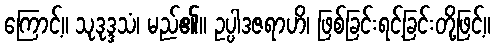
ကြောင့်။ သုဒုဒ္ဒသံ၊ မည်၏။ ဥပ္ပါဒဇရာဟိ၊ ဖြစ်ခြင်းရင့်ခြင်းတို့ဖြင့်။